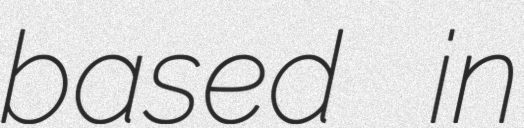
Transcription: based in